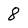
Character: 8